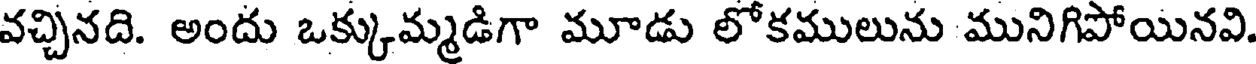
వచ్చినది. అందు ఒక్కుమ్మడిగా మూడు లోకములును మునిగిపోయినవి.